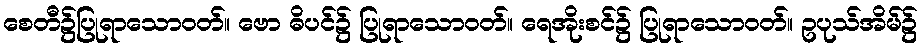
စေတီ၌ပြုရာသောဝတ်။ ဗော ဓိပင်၌ ပြုရာသောဝတ်။ ရေအိုးစင်၌ ပြုရာသောဝတ်။ ဥပုသ်အိမ်၌